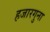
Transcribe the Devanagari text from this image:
हजारगुना